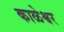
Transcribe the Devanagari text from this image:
काळेश्वर